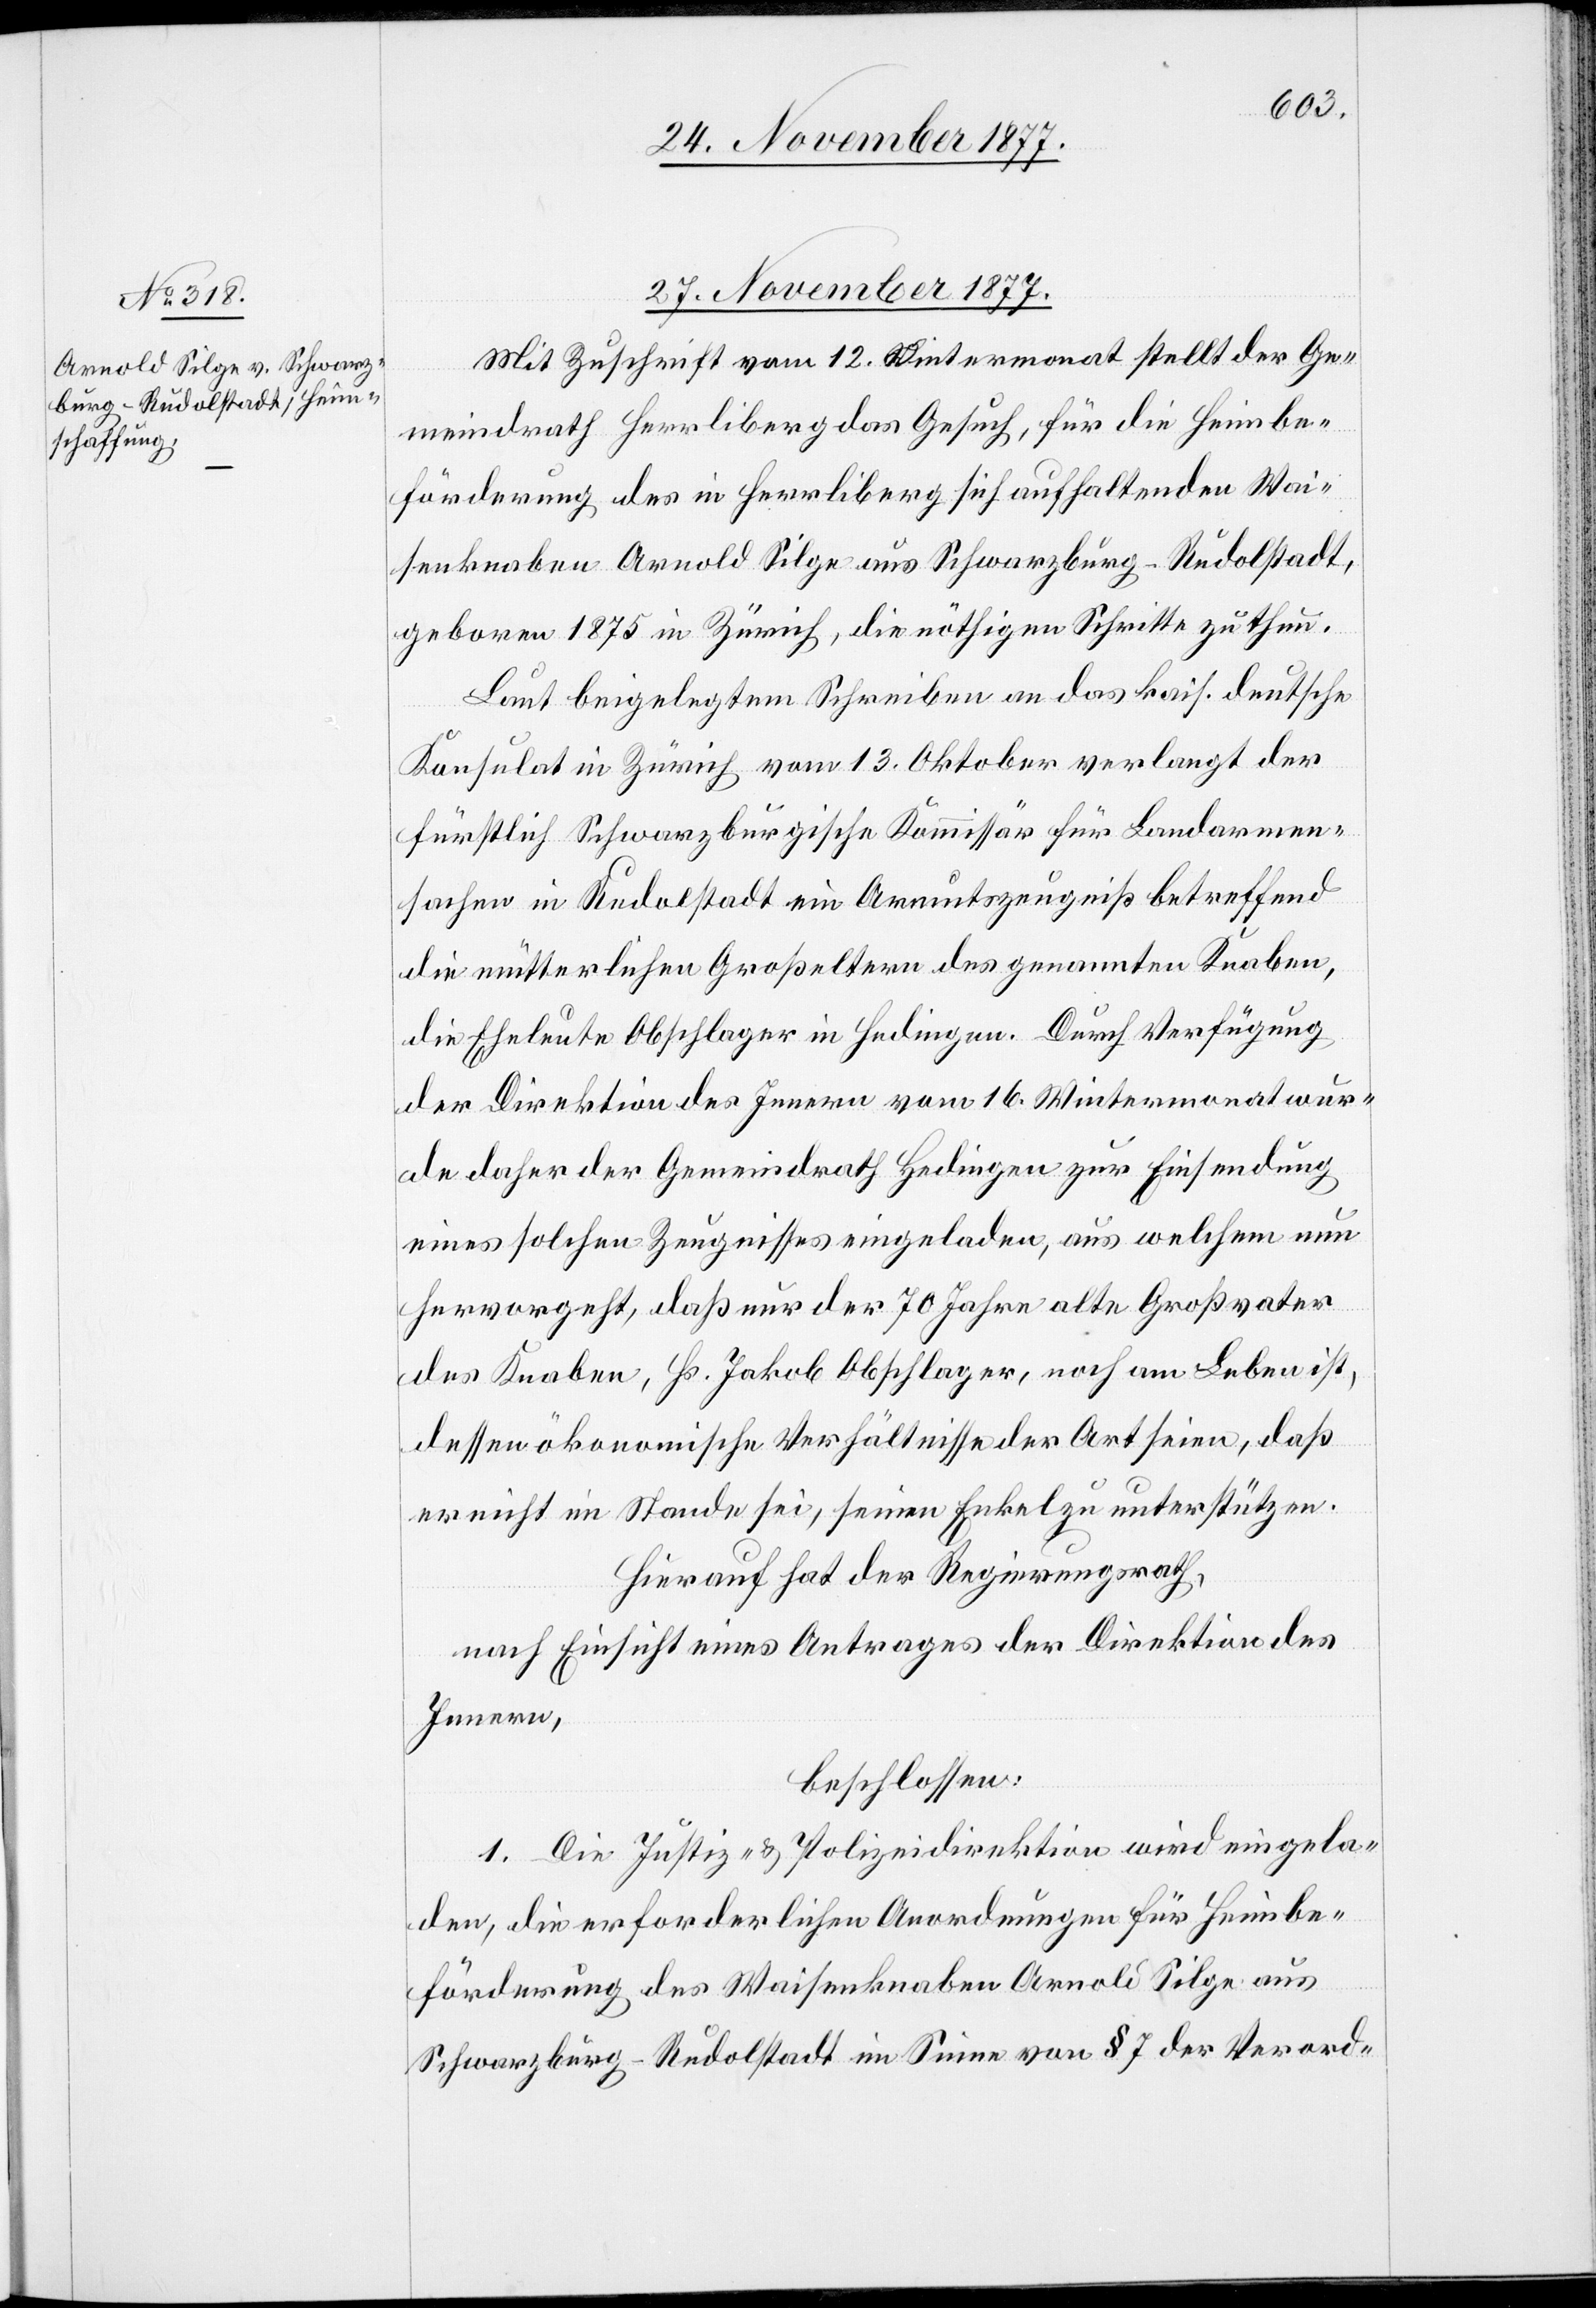
27. November 1877.
Mit Zuschrift vom 12. Wintermonat stellt der Ge¬
meindrath Herrliberg das Gesuch, für die Heimbe¬
förderung des in Herrliberg sich aufhaltenden Wai¬
senknaben Arnold Silge aus Schwarzburg-Rudolstadt,
geboren 1875 in Zürich, die nöthigen Schritte zu thun.
Laut beigelegtem Schreiben an das kais. deutsche
Konsulat in Zürich vom 13. Oktober verlangt der
fürstlich Schwarzburgische Kommissär für Landarmen¬
sachen in Rudolstadt ein Armutszeugniß betreffend
die mütterlichen Großeltern des genannten Knaben,
die Eheleute Obschlager in Hedingen. Durch Verfügung
der Direktion des Innern vom 16. Wintermonat wur¬
de daher der Gemeindrath Hedingen zur Einsendung
eines solchen Zeugnisses eingeladen, aus welchem nun
hervorgeht, daß nur der 70 Jahre alte Großvater
des Knaben, Hs. Jakob Obschlager, noch am Leben ist,
dessen ökonomische Verhältnisse der Art seien, daß
er nicht im Stande sei, seinen Enkel zu unterstützen.
Hierauf hat der Regierungsrath,
nach Einsicht eines Antrages der Direktion des
Innern,
beschlossen:
1. Die Justiz- & Polizeidirektion wird eingela¬
den, die erforderlichen Anordnungen für Heimbe¬
förderung des Waisenknaben Arnold Silge aus
Schwarzburg-Rudolstadt im Sinne von § 7 der Verord-